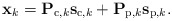
\begin{align*}\mathbf{{x}}_k=\mathbf{{P}}_{\mathrm{c},k}\mathbf{s}_{\mathrm{c},k}+\mathbf{{P}}_{\mathrm{p},k}\mathbf{s}_{\mathrm{p},k}.\end{align*}